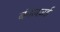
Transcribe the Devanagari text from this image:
बंगलज़ई